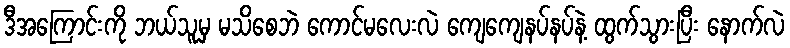
ဒီအကြောင်းကို ဘယ်သူမှ မသိစေဘဲ ကောင်မလေးလဲ ကျေကျေနပ်နပ်နဲ့ ထွက်သွားပြီး နောက်လဲ